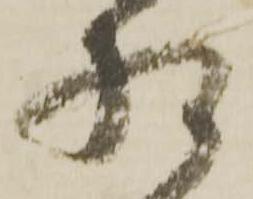
様